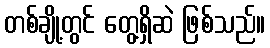
တစ်ချို့တွင် တွေ့ရှိဆဲ ဖြစ်သည်။